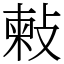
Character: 㪝